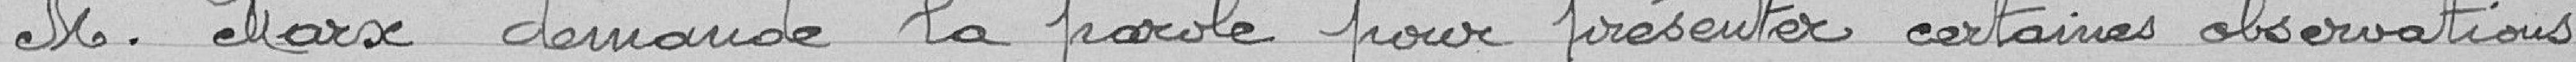
M Marx demande la parole pour présenter certaines observations